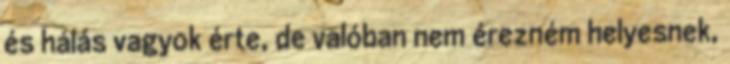
és hálás vagyok érte, de valóban nem érezném helyesnek,